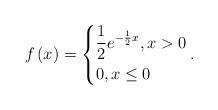
LaTeX: \begin{align*} f\left( x \right) = \left\{ {\begin{aligned}&{\frac{1}{2}{e^{ - \frac{1}{2}x}}},x> 0\\&{0,x \le 0}\end{aligned}} \right..\end{align*}